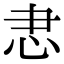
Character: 𢗱